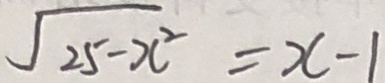
\sqrt { 2 5 - x ^ { 2 } } = x - 1